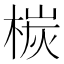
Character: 𣕴